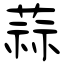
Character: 蒜